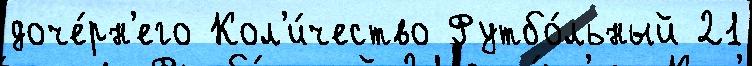
доче́рн'его Кол'и́чество Футбо́льный 21